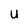
Character: U